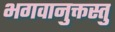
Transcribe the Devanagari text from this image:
भगवानुक्तस्तु